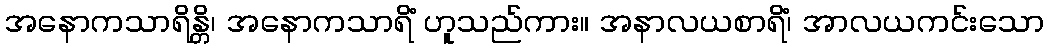
အနောကသာရိန္တိ၊ အနောကသာရိံ ဟူသည်ကား။ အနာလယစာရိံ၊ အာလယကင်းသော